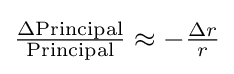
\textstyle {\frac {\Delta {\rm {Principal}}}{\rm {Principal}}}\approx -{\frac {\Delta r}{r}}